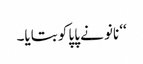
‘‘ نانو نے پاپا کو بتایا۔